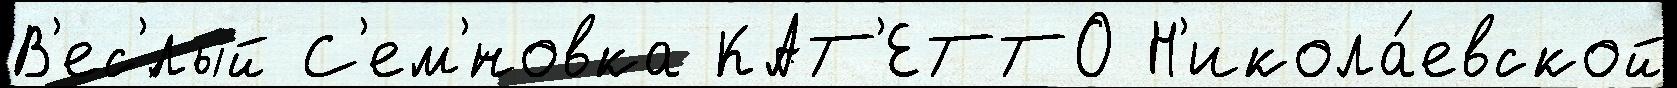
В'ес'́лый С'ем'́новка КАТ'ЕТТО Н'икола́евской